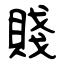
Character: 賤